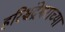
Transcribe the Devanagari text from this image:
हरिश्चंद्रेश्वराच्या